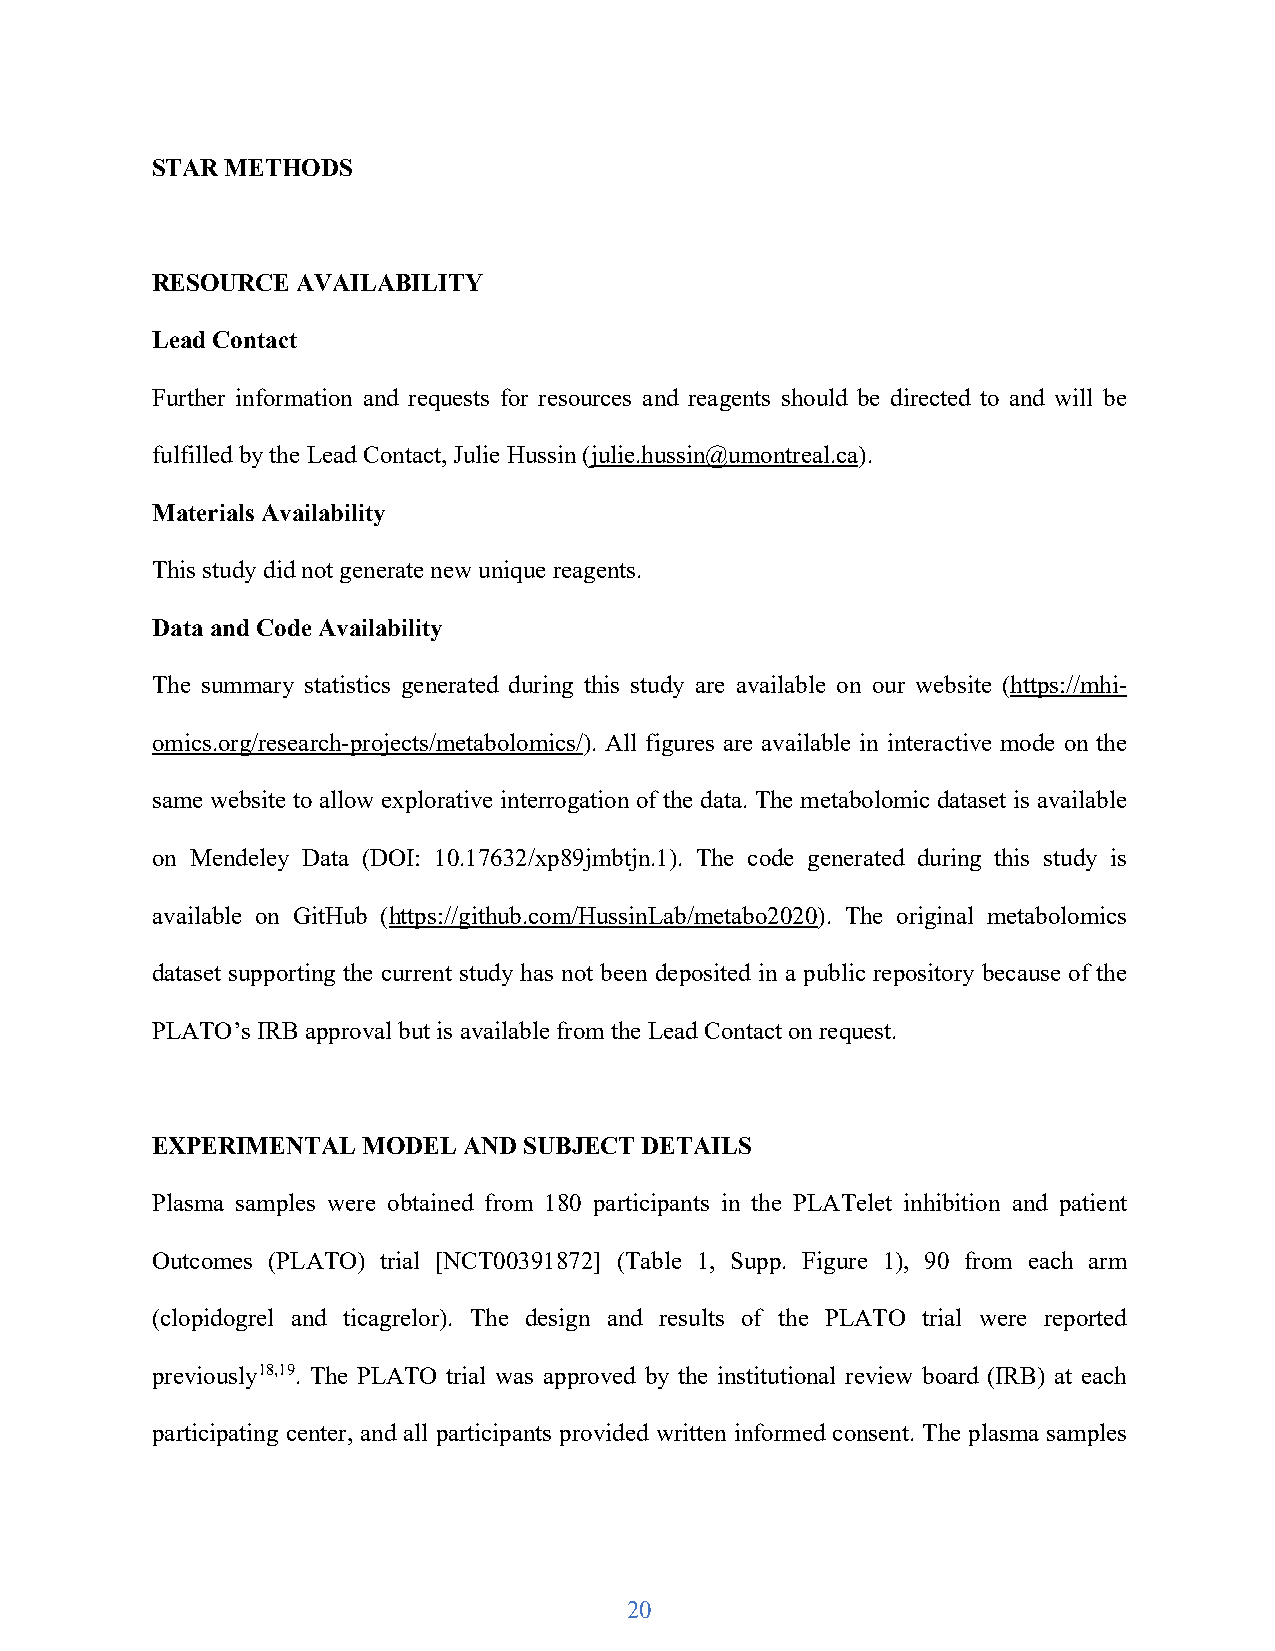
STAR METHODS
 RESOURCE  AVAILABILITY
 Lead Contact
 Further information and requests for resources and reagents should be directed to and will be
 fulfilled by the Lead Contact, Julie Hussin (julie.hussin@umontreal.ca).
 Materials Availability
 This study did not generate new unique reagents.
 Data and Code Availability
 The summary statistics generated during this study are available on our website (https://mhi-
 omics.org/research-projects/metabolomics/). All figures are available in interactive mode on the
 same website to allow explorative interrogation of the data. The metabolomic dataset is available
 on Mendeley Data (DOI: 10.17632/xp89jmbtjn.1). The code generated during this study is
 available on GitHub (https://github.com/HussinLab/metabo2020). The original metabolomics
 dataset supporting the current study has not been deposited in a public repository because of the
 PLATO’s IRB approval but is available from the Lead Contact on request.
 EXPERIMENTAL  MODEL  AND SUBJECT DETAILS
 Plasma samples were obtained from 180 participants in the PLATelet inhibition and patient
 Outcomes (PLATO) trial [NCT00391872] (Table 1, Supp. Figure 1), 90 from each arm
 (clopidogrel and ticagrelor). The design and results of the PLATO trial were reported
 previously18,19. The PLATO trial was approved by the institutional review board (IRB) at each
 participating center, and all participants provided written informed consent. The plasma samples
 20